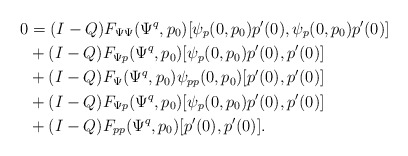
\begin{align*}0 &= (I-Q) F_{\Psi\Psi}(\Psi^q,p_0)[\psi_p(0,p_0)p'(0),\psi_p(0,p_0)p'(0)]\\&+ (I-Q) F_{\Psi p}(\Psi^q,p_0)[\psi_p(0,p_0)p'(0), p'(0)]\\&+ (I-Q) F_\Psi(\Psi^q,p_0)\psi_{pp}(0,p_0)[p'(0), p'(0)]\\&+ (I-Q) F_{\Psi p}(\Psi^q,p_0)[\psi_p(0,p_0)p'(0), p'(0)]\\&+ (I-Q) F_{pp}(\Psi^q, p_0)[p'(0), p'(0)].\end{align*}